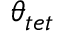
\theta _ { t e t }